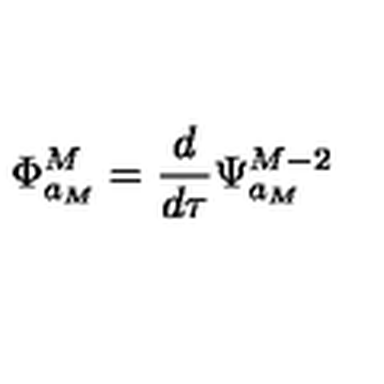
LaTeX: \Phi _ { a _ { M } } ^ { M } = \frac { d } { d \tau } \Psi _ { a _ { M } } ^ { M - 2 }